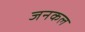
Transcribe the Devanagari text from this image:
जनकल